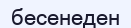
бесенеден